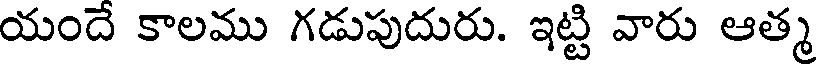
యందే కాలము గడుపుదురు. ఇట్టి వారు ఆత్మ